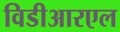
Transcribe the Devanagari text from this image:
विडीआरएल